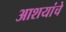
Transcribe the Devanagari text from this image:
आशयांचे